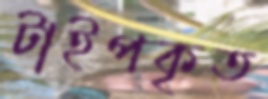
টাইপকৃত